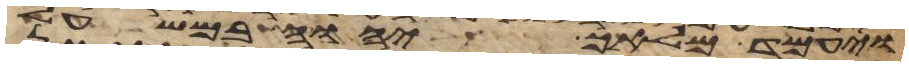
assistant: ויעמד מלאך יהוה במשעל